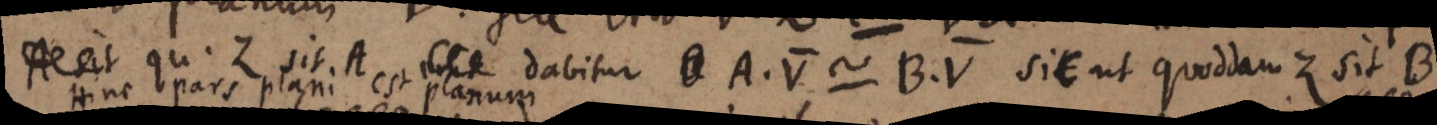
A sit qu. Z sit A _ dabitur _ A.V ~ B.V sic ut quoddam Z sit B